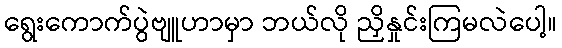
ရွေးကောက်ပွဲဗျူဟာမှာ ဘယ်လို ညှိနှုင်းကြမလဲပေါ့။